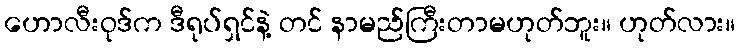
ဟောလီးဝုဒ်က ဒီရုပ်ရှင်နဲ့ တင် နာမည်ကြီးတာမဟုတ်ဘူး။ ဟုတ်လား။